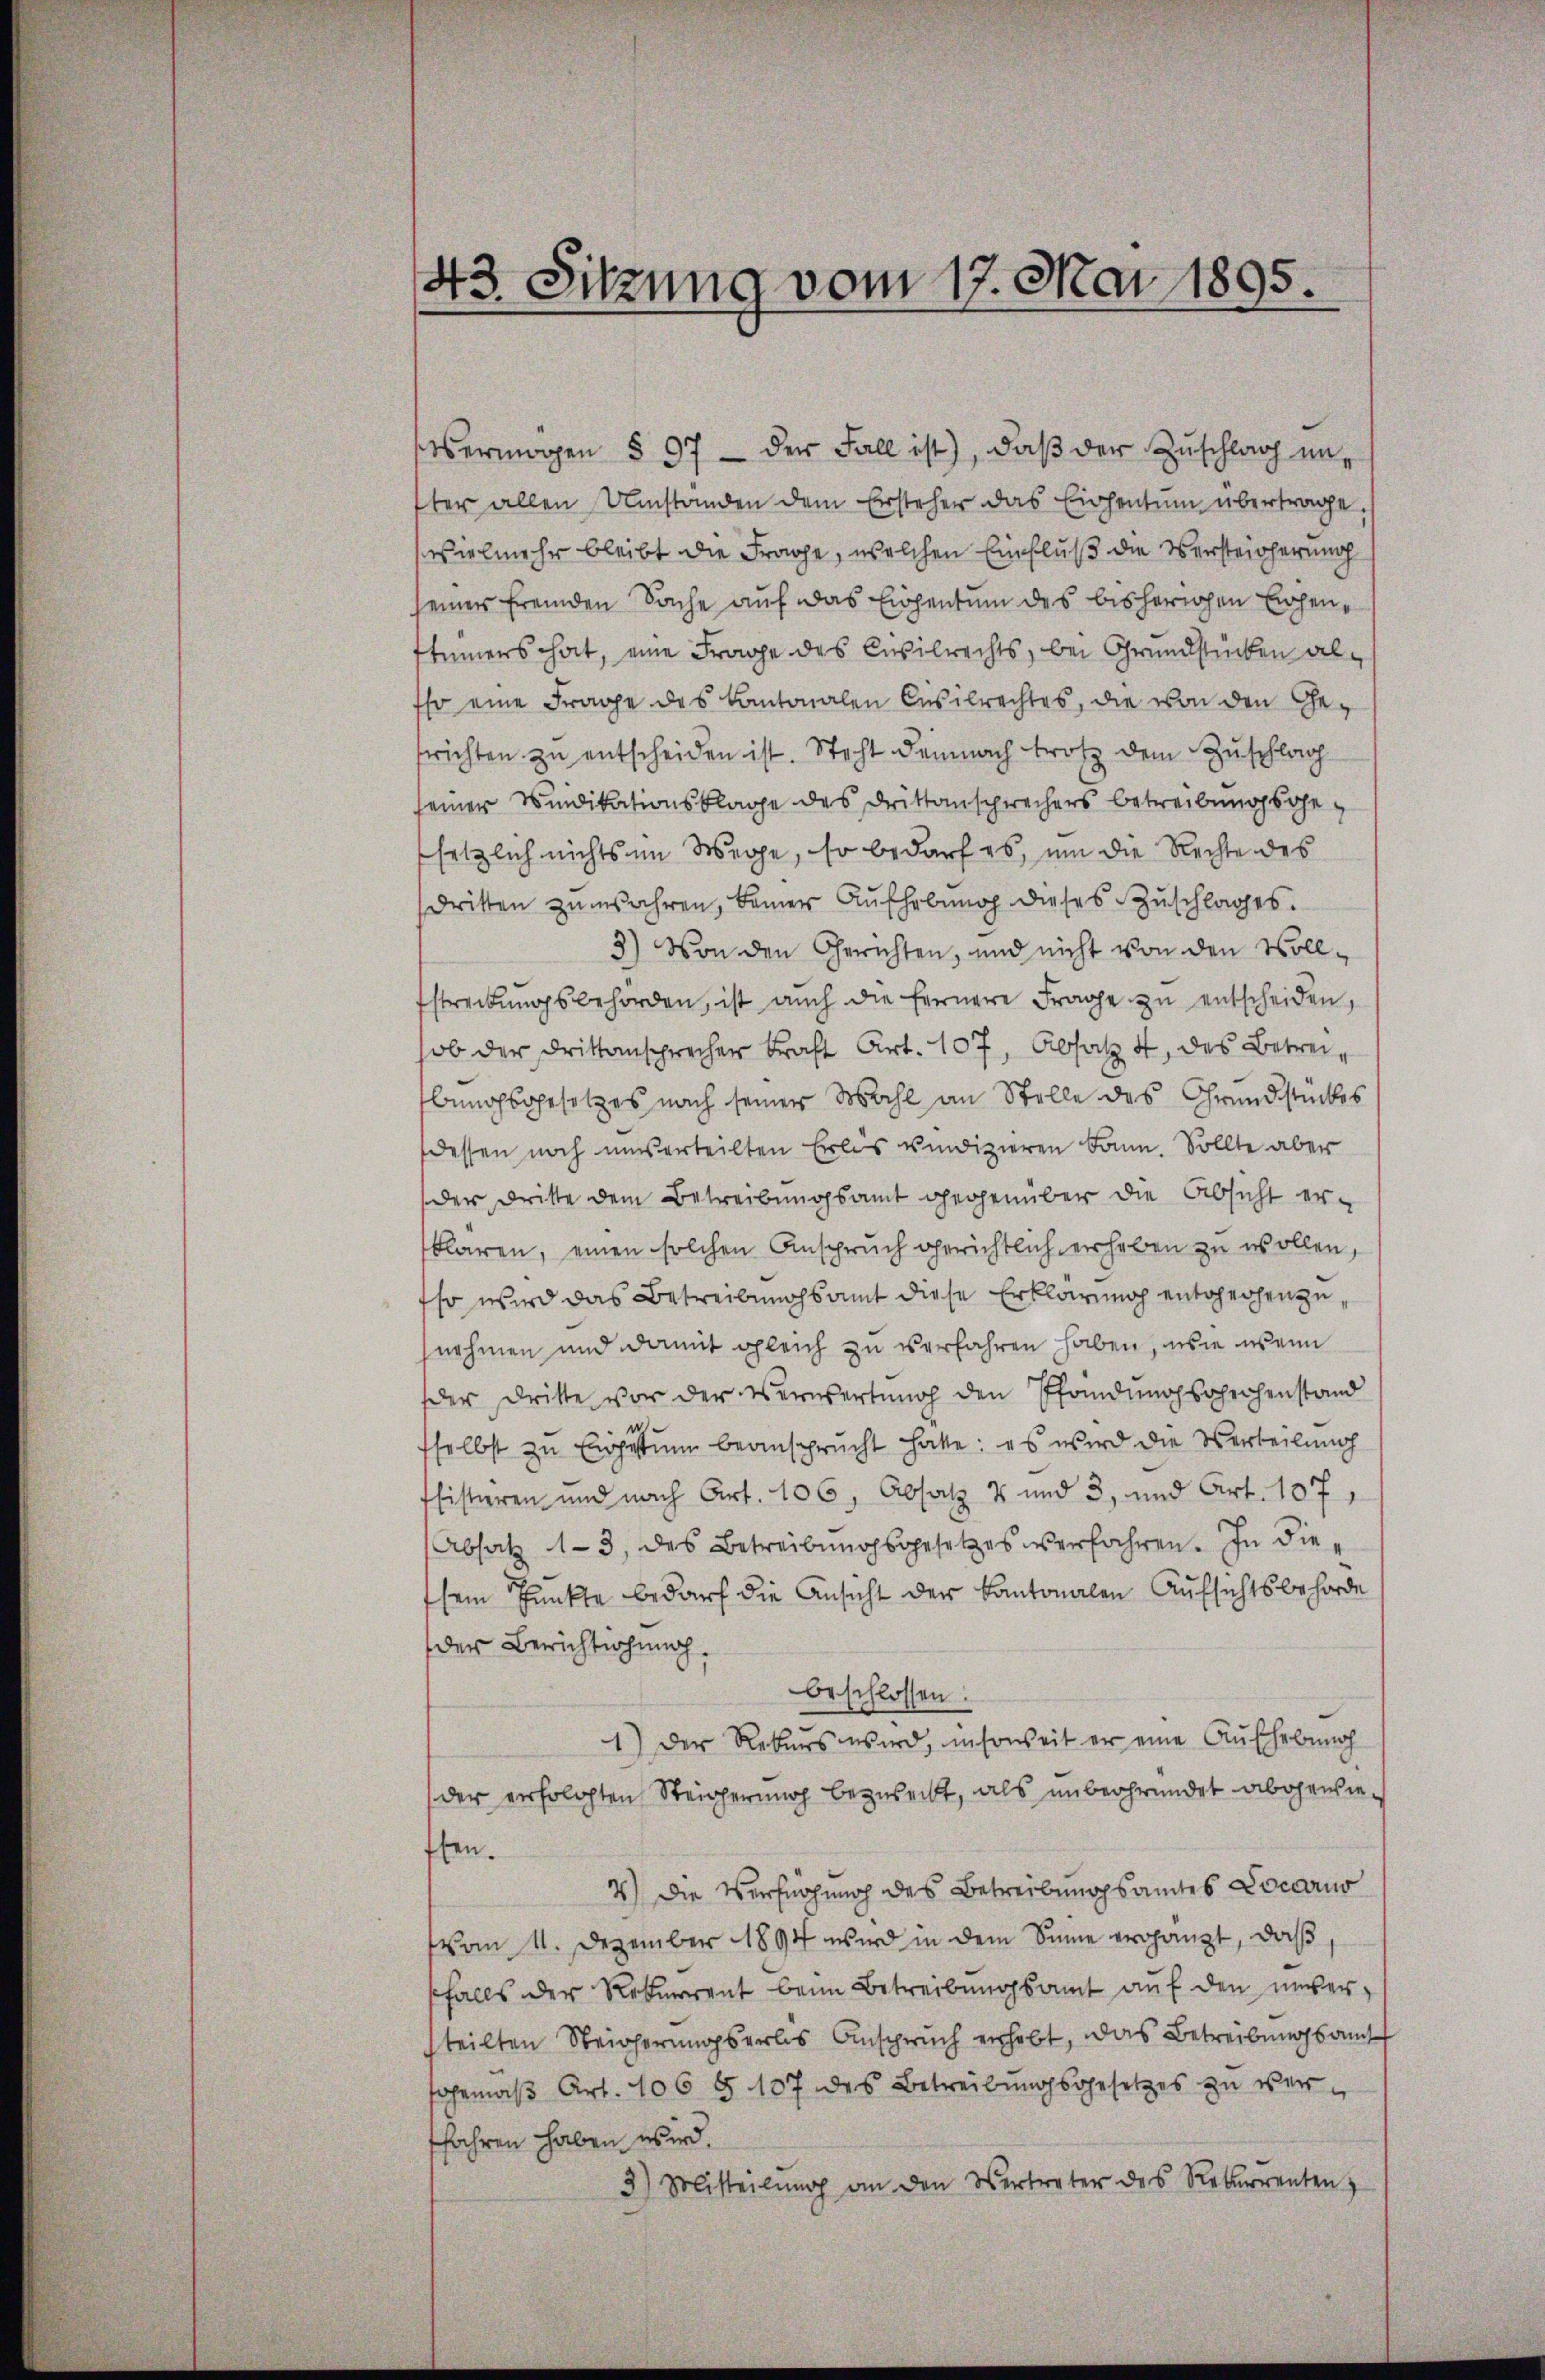
43. Sitzung vom 17. Mai 1895.

ermögen § 97 der Fall ist), daβ der Zuschlag unter allen Umstanden dem Ersteher das Eigentum übertrage.
vielmehr bleibt die Frage, welchen Einfluß die Versteicherung
seiner fremden Sache auf das Eigentum des bisherigen Eichenstümers hat, eine Frage des Civilrechts, bei Grundstücken alsso eine Frage des Kantonalen Cusilrechtes, die von den Gefrichten zu entscheiden ist. Steht demnach trotz dem Zuschlag
seiner Windikationsklage des Drittansprechers betreibungsgesetzlich nichts im Wege, so bedarf es, um die Rechte des
dritten zŭmsahren, Baier Aŭfhebŭng dieses Zŭschlages.
3) Von den Gerichten, und nicht von den Voll¬
Estreibŭngsbehörden, ist auch die fernere Frage zŭ entscheiden,
ob der drittansprecher Kraft Art. 107, Absatz 4 des Betreibungsgesetzes nach seiner Wahl an Stelle des Grundstückes
dessen noch unserteilten Erlös vindizieren kann. Sollte aber
der Dritte dem Betreibungsamt gegenüber die Absicht erklaren, einen solchen Anspruch gerichtlich erheben zu wollen,
so wird das Betreibungsamt diese Erklärung entchechen zunehmen und damit gleich zu verfahren haben, wie wenn
der dritte vor der Verwertung den Pfandŭngsrechenstand
selbst zu Eigentum beansprucht hatte: es wird die Verteilung
flistieren und nach Art. 106, Absatz 4 und 3, und Art. 107,
Absatz 13, des Betreibŭngsgesetzes verfahren. In diesein Punkte bedarf die Ansicht der Kantonalen Aufsichtsbehörde
der Berichtigung.
beschlossen:
1.) Der Rekurs wird, insoweit er eine Aufhebung
der erfolgten Steigerung bezweckt, als unbegründet abgewieffen.
4.) Die Verfügung des Betreibungsamtes Locarius
(vom 11. Dezember 1894 wird in dem Sinne ergänzt, daβ
sfalls der Rekurrent beim Betreibungsamt auf den unverteilten Reicherungserlis Anspruch erhebt, das Betreibungsam
fohrmaβ Art. 106 § 107 des Betreibŭngsgesetzes zu ver-
fahren haben wird.
3) Mitteilŭng an den Vertreter des Rekurrenten